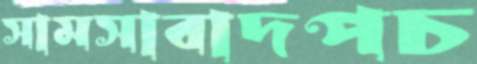
সামসাবাদপচ